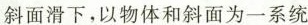
斜面滑下，以物体和斜面为一系统